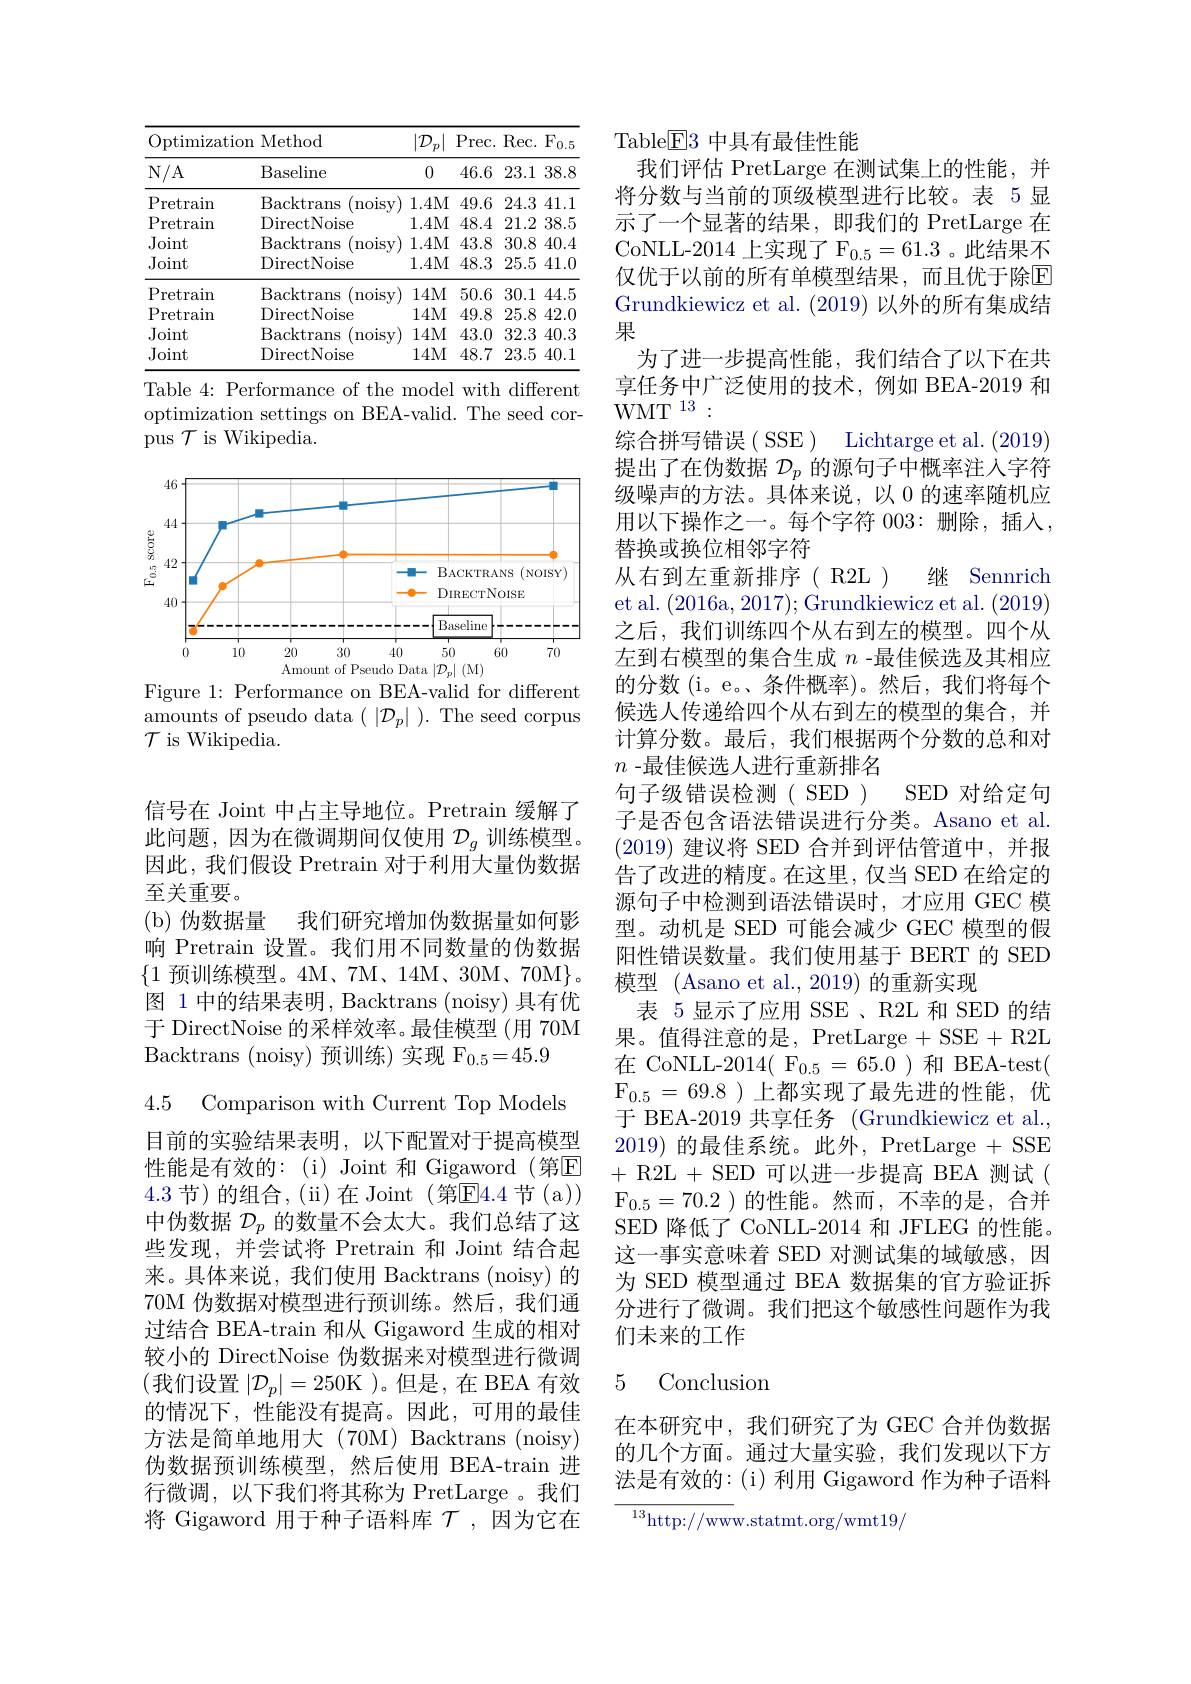
<table>
	<tbody>
		<tr>
			<th colspan="2">Optimization Method</th>
			<th>$|\mathcal{D}_{i}$ 2 $\dot{p}$ </th>
			<th>$Pr$ $^{\prime }$rec. 1</th>
			<th>$\mathrm{F}_{0.5}$ Rec. F</th>
		</tr>
		<tr>
			<th>$N/A$</th>
			<th>Baseline</th>
			<th>0</th>
			<th>46.6</th>
			<th>23.1 38.8</th>
		</tr>
		<tr>
			<td>$\mathrm{P}_{\mathbf{I}}$ retrain</td>
			<td>Backtrans (noisv)</td>
			<td>1.4M</td>
			<td>49.6</td>
			<td>24.3 41.1</td>
		</tr>
		<tr>
			<td>Pretrain 1</td>
			<td>DirectNoise</td>
			<td>1.4M</td>
			<td>48.4</td>
			<td>21.2 38.5</td>
		</tr>
		<tr>
			<td>Joint</td>
			<td>Backtrans noisy</td>
			<td>1.4M</td>
			<td>43.8</td>
			<td>30.8 40.4</td>
		</tr>
		<tr>
			<td>Joint</td>
			<td>DirectNoise</td>
			<td>1.4M</td>
			<td>48.3</td>
			<td>$25.5~41.0$</td>
		</tr>
		<tr>
			<td>Pretrain</td>
			<td>Backtrans ${\mathrm{noisy}}$</td>
			<td>14M</td>
			<td>50.6</td>
			<td>30.1 44.5</td>
		</tr>
		<tr>
			<td>Pretrain 1</td>
			<td>DirectNoise</td>
			<td>14M</td>
			<td>49.8</td>
			<td>25.8 42.0</td>
		</tr>
		<tr>
			<td>Joint</td>
			<td>Backtrans noisy</td>
			<td>14M</td>
			<td>43.0</td>
			<td>32.3 40.3</td>
		</tr>
		<tr>
			<td>Joint</td>
			<td>DirectNoise</td>
			<td>14M</td>
			<td>48.7</td>
			<td>23.5 40.1 1.</td>
		</tr>
	</tbody>
</table>

Table 4: Performance of the model with different optimization settings on BEA-valid. The seed cor- $\overset{.}{\operatorname*{\operatorname*{pus}}}\mathcal{T}$ is Wikipedia.

<FigureHere>
Figure 1: Performance on BEA-valid for different

$\begin{array}{ll}{\mathrm{amounts~of~pseudo~data~(~|}\mathcal{D}_{p}|~).~\mathrm{The~seed~corpus}}\\\end{array}$
$\mathcal{T}$ is Wikipedia.

信号在 Joint 中占主导地位。Pretrain 缓解了此问题，因为在微调期间仅使用$\mathcal{D}_g$训练模型。因此，我们假设 Pretrain 对于利用大量伪数据至关重要。
(b) 伪数据量 我们研究增加伪数据量如何影响 Pretrain 设置。我们用不同数量的伪数据$\{1$预训练模型。4M、7M、14M、30M、70M$\}$。图 1 中的结果表明，Backtrans (noisy) 具有优于 DirectNoise 的采样效率。最佳模型 (用 70M Backtrans (noisy) 预训练) 实现 F$_0.5=45.9$

4.5 Comparison with Current Top Models 目前的实验结果表明，以下配置对于提高模型性能是有效的：(i)Joint 和 Gigaword (第$\overline{\mathrm{E}}$ 4.3节)的组合，(ii)在Joint(第$\overline{\mathrm{E}}$4.4节(a)) 中伪数据$\mathcal{D}_p$的数量不会太大。我们总结了这些发现，并尝试将 Pretrain 和 Joint 结合起来。具体来说，我们使用 Backtrans (noisy) 的70M 伪数据对模型进行预训练。然后，我们通过结合 BEA-train 和从 Gigaword 生成的相对较小的 DirectNoise 伪数据来对模型进行微调(我们设置$|\mathcal{D}_p|=250$K )。但是，在 BEA 有效的情况下，性能没有提高。因此，可用的最佳方法是简单地用大(70M)Backtrans(noisy) 伪数据预训练模型，然后使用 BEA-train 进行微调，以下我们将其称为 PretLarge 。我们将 Gigaword 用于种子语料库$\mathcal{T}$ ,因为它在

Table$\underline{\mathrm{E}}$3 中具有最佳性能
我们评估 PretLarge 在测试集上的性能，并将分数与当前的顶级模型进行比较。表 5 显示了一个显著的结果，即我们的 PretLarge 在CoNLL-2014 上实现了 F$_{0.5}=61.3$ 。此结果不仅优于以前的所有单模型结果，而且优于除$\overline{\mathrm{E}}$ Grundkiewicz et al. (2019)以外的所有集成结果
为了进一步提高性能，我们结合了以下在共享任务中广泛使用的技术，例如 BEA-2019 和$\mathrm{WMT}^{13}:$
综合拼写错误( SSE) Lichtarge et al.(2019) 提出了在伪数据$\mathcal{D}_p$的源句子中概率注人字符级噪声的方法。具体来说，以 0 的速率随机应用以下操作之一。每个字符 003:删除，插入， 替换或换位相邻字符
从右到左重新排序( R2L)继 Sennrich et al. (2016a,2017);Grundkiewicz et al.(2019) 之后，我们训练四个从右到左的模型。四个从左到右模型的集合生成$n$ -最佳候选及其相应的分数(i。e。、条件概率)。然后，我们将每个候选人传递给四个从右到左的模型的集合，并计算分数。最后，我们根据两个分数的总和对$n$ -最佳候选人进行重新排名
句子级错误检测( SED ) SED 对给定句子是否包含语法错误进行分类。Asano et al. (2019)建议将 SED 合并到评估管道中，并报告了改进的精度。在这里，仅当 SED 在给定的源句子中检测到语法错误时，才应用 GEC 模型。动机是 SED 可能会减少 GEC 模型的假阳性错误数量。我们使用基于 BERT 的 SED 模型 (Asano et al., 2019) 的重新实现
表 5显示了应用 SSE、R2L 和 SED 的结果。值得注意的是，PretLarge + SSE + R2L 在 CoNLL-2014( F$_{0.5}=65.0$)和 BEA-test( $\mathrm{F}_{0.5}=69.8$ )上都实现了最先进的性能，优于 BEA-2019 共享任务 (Grundkiewicz et al., 2019)的最佳系统。此外，PretLarge + SSE +R2L +SED 可以进一步提高 BEA 测试( $\mathrm{F}_{0.5}=70.2$ )的性能。然而，不幸的是，合并SED 降低了 CoNLL-2014 和 JFLEG 的性能。这一事实意味着 SED 对测试集的域敏感，因为 SED 模型通过 BEA 数据集的官方验证拆分进行了微调。我们把这个敏感性问题作为我们未来的工作

### 5 Conclusion

在本研究中，我们研究了为 GEC 合并伪数据的几个方面。通过大量实验，我们发现以下方法是有效的：(i)利用 Gigaword 作为种子语料

${\frac{^{13}\mathrm{http://ww}}\mathrm{w.statmt.org/wmt19/}}$